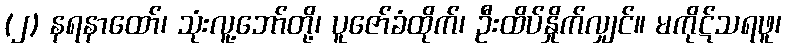
(၂) နရနာထော်၊ သုံးလူ့ဘော်တို့၊ ပူဇော်ခံထိုက်၊ ဦးထိပ်နှိုက်လျှင်။ မကိုဋ်သရဖူ၊